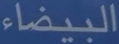
البيضاء